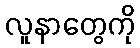
လူနာတွေကို